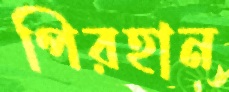
পিরহান